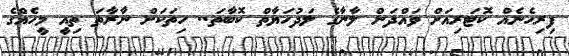
ފިރިހެނެއް ކޮޓަރިއަށް ވައްދަން ލާނާގެ ލަދުހަޔާތް ކޮބާތަ.. ހިތަކަށް ނާރާތަ ތިއީ މީހެއްގެ